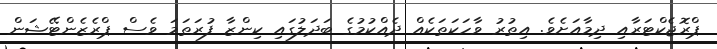
ޕްރޮޖެކްޓަރާއި ދިމާއަށެވެ. އިތުރު ވާހަކަތަކެއް ދެއްކުމުގެ ބަދަލުގައި ކިންޒާ ފުރަތަމަ ވެސް ޕްރެޒެންޓޭޝަން